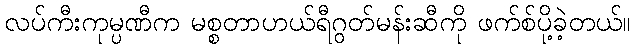
လပ်ကီးကုမ္ပဏီက မစ္စတာဟယ်ရီဂွတ်မန်းဆီကို ဖက်စ်ပို့ခဲ့တယ်။